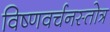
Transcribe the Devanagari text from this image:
विष्णवर्चनस्तोत्र